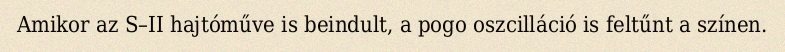
Amikor az S–II hajtóműve is beindult, a pogo oszcilláció is feltűnt a színen.